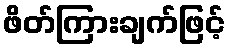
ဖိတ်ကြားချက်ဖြင့်